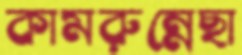
কামরুন্নেছা